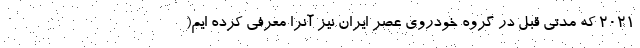
2021 که مدتی قبل در گروه خودروی عصر ایران نیز آنرا معرفی کرده ایم(